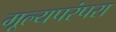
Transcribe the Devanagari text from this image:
मूल्यपरंपरा